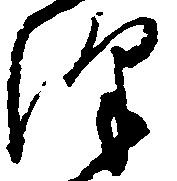
沢